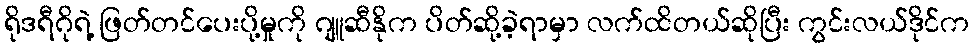
ရိုဒရီဂိုရဲ့ ဖြတ်တင်ပေးပို့မှုကို ဂျူဆီနိုက ပိတ်ဆို့ခဲ့ရာမှာ လက်ထိတယ်ဆိုပြီး ကွင်းလယ်ဒိုင်က